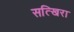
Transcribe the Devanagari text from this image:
सत्खिरा